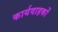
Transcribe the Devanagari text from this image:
कार्यवाहकों